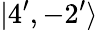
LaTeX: |4^{\prime},-2^{\prime}\rangle